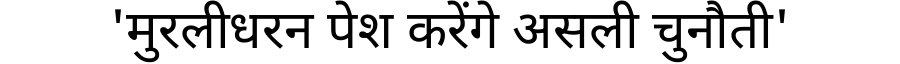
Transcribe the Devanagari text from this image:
'मुरलीधरन पेश करेंगे असली चुनौती'